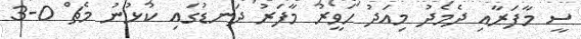
ސީ މާފަރާއި ދެމެދު މިއަދު ހަވީރު މާފަރު ދަނޑުގައި ކުޅުނު މެޗް 0-3